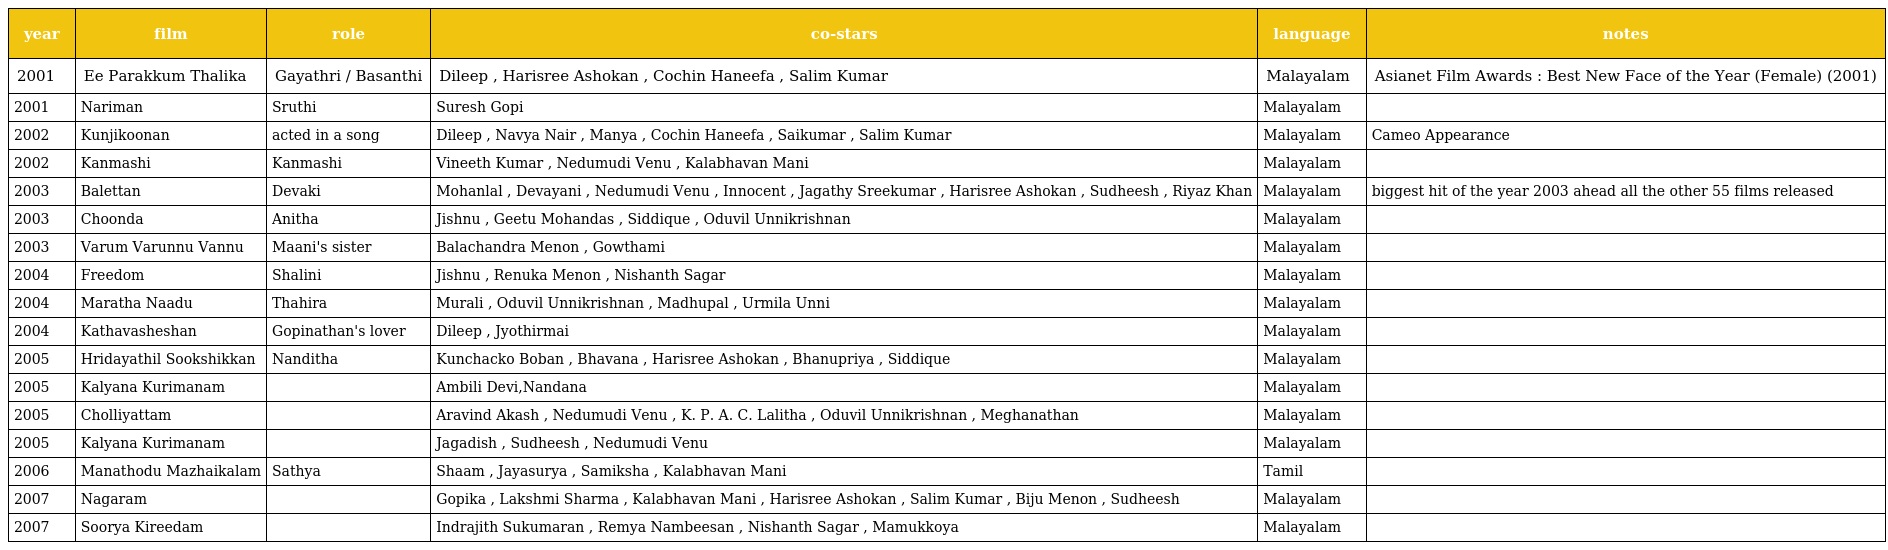
| year | film | role | co-stars | language | notes |
 | --- | --- | --- | --- | --- | --- |
 | 2001 | Ee Parakkum Thalika | Gayathri / Basanthi | Dileep , Harisree Ashokan , Cochin Haneefa , Salim Kumar | Malayalam | Asianet Film Awards : Best New Face of the Year (Female) (2001) |
 | 2001 | Nariman | Sruthi | Suresh Gopi | Malayalam |  |
 | 2002 | Kunjikoonan | acted in a song | Dileep , Navya Nair , Manya , Cochin Haneefa , Saikumar , Salim Kumar | Malayalam | Cameo Appearance |
 | 2002 | Kanmashi | Kanmashi | Vineeth Kumar , Nedumudi Venu , Kalabhavan Mani | Malayalam |  |
 | 2003 | Balettan | Devaki | Mohanlal , Devayani , Nedumudi Venu , Innocent , Jagathy Sreekumar , Harisree Ashokan , Sudheesh , Riyaz Khan | Malayalam | biggest hit of the year 2003 ahead all the other 55 films released |
 | 2003 | Choonda | Anitha | Jishnu , Geetu Mohandas , Siddique , Oduvil Unnikrishnan | Malayalam |  |
 | 2003 | Varum Varunnu Vannu | Maani's sister | Balachandra Menon , Gowthami | Malayalam |  |
 | 2004 | Freedom | Shalini | Jishnu , Renuka Menon , Nishanth Sagar | Malayalam |  |
 | 2004 | Maratha Naadu | Thahira | Murali , Oduvil Unnikrishnan , Madhupal , Urmila Unni | Malayalam |  |
 | 2004 | Kathavasheshan | Gopinathan's lover | Dileep , Jyothirmai | Malayalam |  |
 | 2005 | Hridayathil Sookshikkan | Nanditha | Kunchacko Boban , Bhavana , Harisree Ashokan , Bhanupriya , Siddique | Malayalam |  |
 | 2005 | Kalyana Kurimanam |  | Ambili Devi,Nandana | Malayalam |  |
 | 2005 | Cholliyattam |  | Aravind Akash , Nedumudi Venu , K. P. A. C. Lalitha , Oduvil Unnikrishnan , Meghanathan | Malayalam |  |
 | 2005 | Kalyana Kurimanam |  | Jagadish , Sudheesh , Nedumudi Venu | Malayalam |  |
 | 2006 | Manathodu Mazhaikalam | Sathya | Shaam , Jayasurya , Samiksha , Kalabhavan Mani | Tamil |  |
 | 2007 | Nagaram |  | Gopika , Lakshmi Sharma , Kalabhavan Mani , Harisree Ashokan , Salim Kumar , Biju Menon , Sudheesh | Malayalam |  |
 | 2007 | Soorya Kireedam |  | Indrajith Sukumaran , Remya Nambeesan , Nishanth Sagar , Mamukkoya | Malayalam |  |